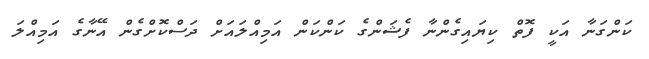
ކަންގަނާ އަކީ ފޮތް ކިޔައިގެންނާ ފެޝަންގެ ކަންކަން އަމިއްލައަށް ދަސްކޮށްގެން އޭނާގެ އަމިއްލަ